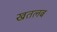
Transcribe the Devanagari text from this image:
खतलब